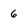
Character: 6